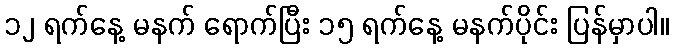
၁၂ ရက်နေ့ မနက် ရောက်ပြီး ၁၅ ရက်နေ့ မနက်ပိုင်း ပြန်မှာပါ။